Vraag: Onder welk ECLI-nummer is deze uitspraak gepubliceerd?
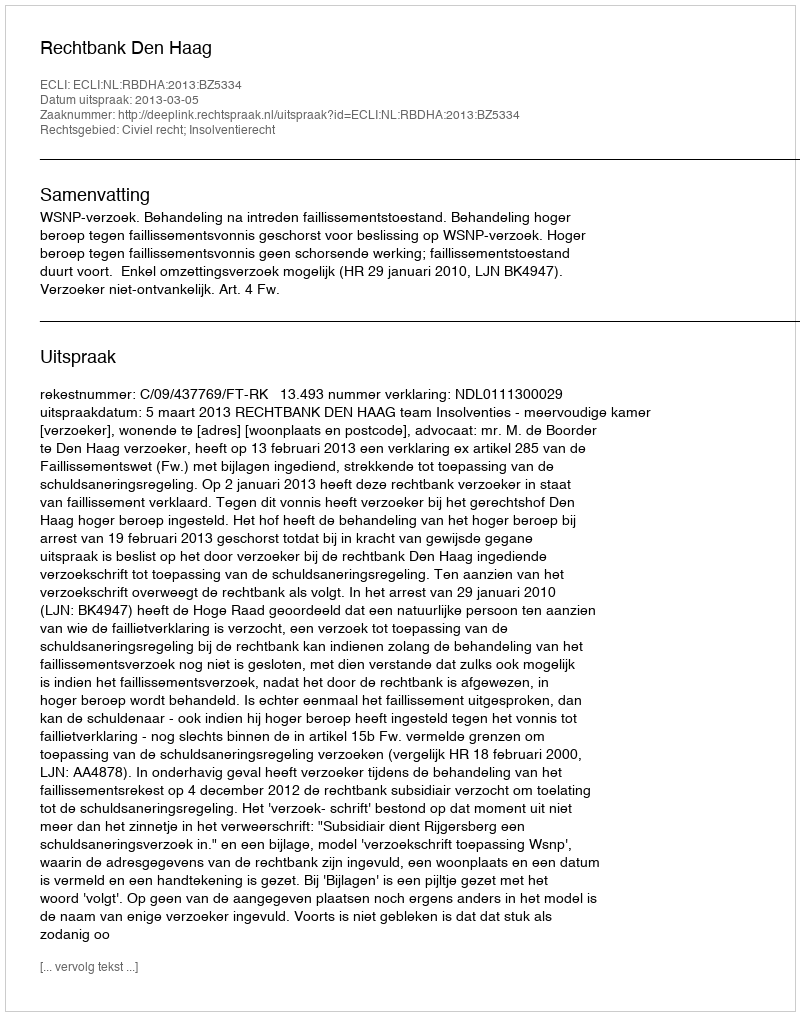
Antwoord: ECLI:NL:RBDHA:2013:BZ5334